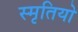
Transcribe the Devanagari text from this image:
स्मृतियो